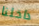
داخلنا